Annual returns of the Patna Lunatic Asylum at Bankipore in Bihar and Orissa - 1912-1924
Year: 1912
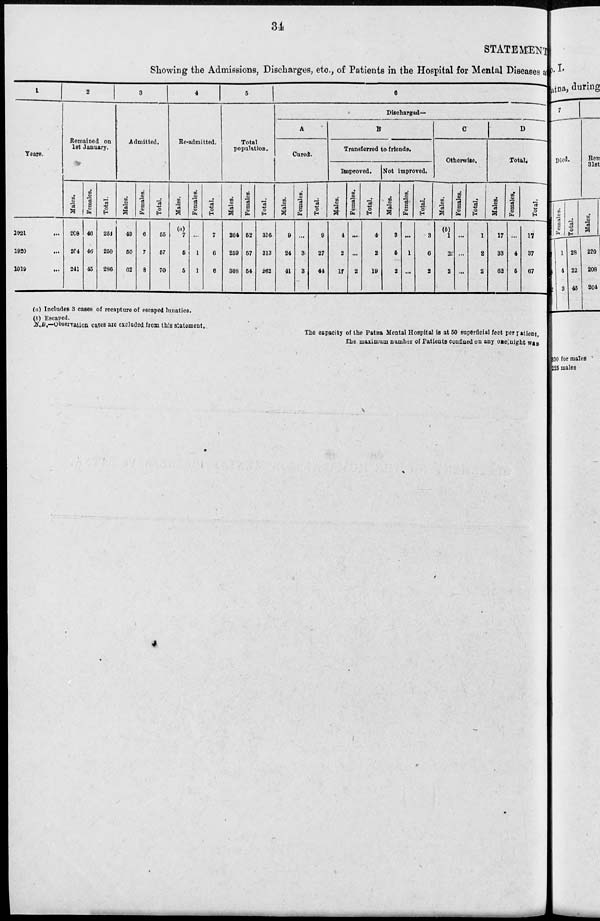
34
STATEMENT
Showing the Admissions, Discharges, etc., of Patients in the Hospital for Mental Diseases a
1
Years.
1921 ...
1920 ...
1919 ...
2
Remained on
1st January.
Males.
208
204
241
Females.
46
46
45
Total.
254
250
286
3
Admitted.
Males.
49
50
62
Females.
6
7
8
Total.
55
57
70
4
Re-admitted.
Males.
(a)
7
5
5
Females.
...
1
1
Total.
7
6
6
5
Total
population.
Males.
264
259
308
Females.
52
57
54
Total.
316
313
262
6
Discharged—
A
Cured.
Males.
9
24
41
Females.
...
3
3
Total.
9
27
44
B
Transferred to friends.
Improved.
Males.
4
2
17
Females.
...
...
2
Total.
4
2
19
Not improved.
Males.
3
5
2
Females.
...
1
...
Total.
3
6
2
C
Otherwise.
Males.
(b)
1
2
2
Females.
...
...
...
Total.
1
2
2
D
Total.
Males.
17
33
62
Females.
...
4
5
Total.
17
37
67
(a) Includes 3 cases of recapture of escaped lunatics.
(b) Escaped.
N.B.—Observation cases are excluded from this statement.
The capacity of the Patna Mental Hospital is at 50 superficial feet per patient,
The maximum number of Patients confined on any one night was